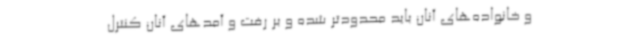
و خانواده‌های آنان باید محدودتر شده و بر رفت‌ و آمدهای آنان کنترل